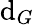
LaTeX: \mathrm{d}_{G}